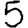
Digit: 5